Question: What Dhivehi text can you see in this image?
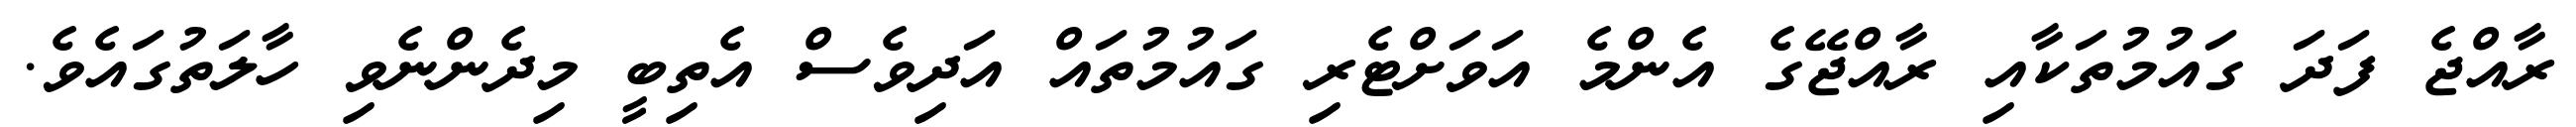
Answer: ރާއްޖެ ފަދަ ގައުމުތަކާއި ރާއްޖޭގެ އެންމެ އަވަށްޓެރި ގައުމުތައް އަދިވެސް އެތިބީ މިދެންނެވި ހާލަތުގައެވެ.